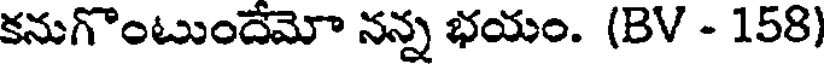
కనుగొంటుందేమో నన్న భయం. (BV - 158)